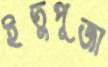
ইতুপূজা